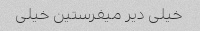
خیلی دیر میفرستین خیلی